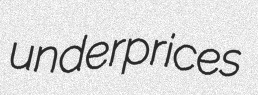
underprices